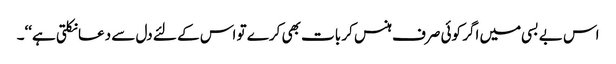
اس بے بسی میں اگر کوئی صرف ہنس کر بات بھی کرے تو اس کے لئے دل سے دعا نکلتی ہے‘‘۔